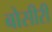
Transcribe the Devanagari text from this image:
बोसीरी